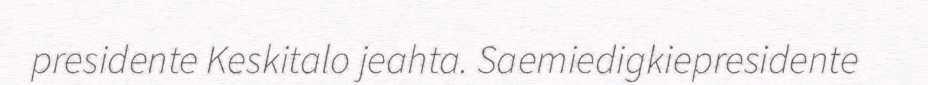
presidente Keskitalo jeahta. Saemiedigkiepresidente